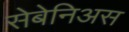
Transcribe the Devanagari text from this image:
सेबेनिअस